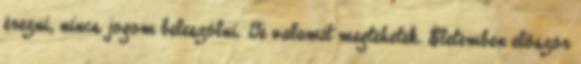
érezni, nincs jogom beleszólni. De valamit megtehetek. Életemben először